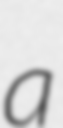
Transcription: a